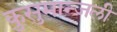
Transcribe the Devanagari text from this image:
कुसुमान्जली